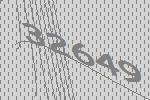
32649